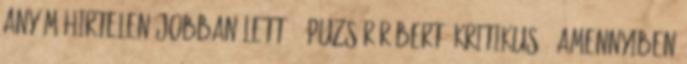
Anyám hirtelen jobban lett ” Puzsér Róbert, kritikus „Amennyiben